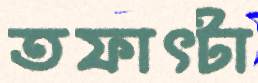
তফাৎটা